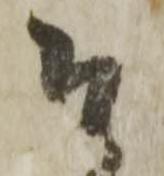
そ